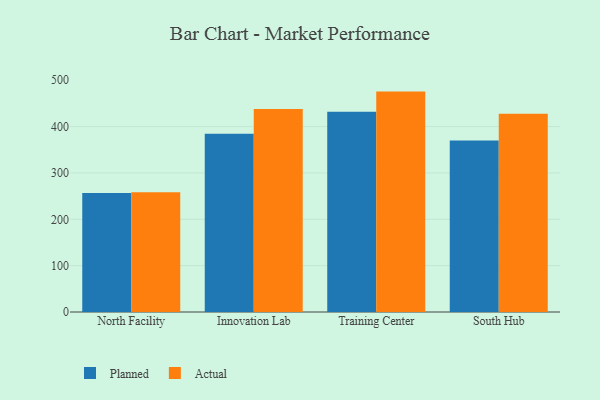
{"axis": {"x": "Campus", "y": "Market Share (%)"}, "legend": ["Actual", "Planned"], "data": [{"x": "North Facility", "y": 257.0, "type": "Planned"}, {"x": "North Facility", "y": 258.3, "type": "Actual"}, {"x": "Innovation Lab", "y": 384.7, "type": "Planned"}, {"x": "Innovation Lab", "y": 437.8, "type": "Actual"}, {"x": "Training Center", "y": 431.9, "type": "Planned"}, {"x": "Training Center", "y": 475.5, "type": "Actual"}, {"x": "South Hub", "y": 370.2, "type": "Planned"}, {"x": "South Hub", "y": 427.7, "type": "Actual"}]}